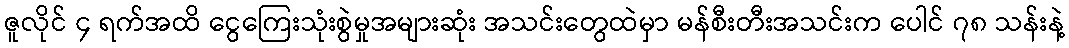
ဇူလိုင် ၄ ရက်အထိ ငွေကြေးသုံးစွဲမှုအများဆုံး အသင်းတွေထဲမှာ မန်စီးတီးအသင်းက ပေါင် ၇၈ သန်းနဲ့